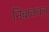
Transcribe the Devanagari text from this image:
निंबाळकर्